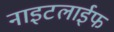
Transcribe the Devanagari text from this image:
नाइटलाईफ